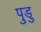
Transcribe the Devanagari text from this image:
पुडु